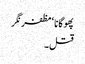
پھوگانا ‘ مظفر نگر
قتل۔